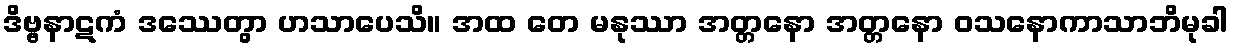
ဒိဗ္ဗနာဋကံ ဒဿေတွာ ဟသာပေသိ။ အထ တေ မနုဿာ အတ္တနော အတ္တနော ဝသနောကာသာဘိမုခါ